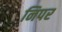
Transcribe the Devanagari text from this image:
निपर